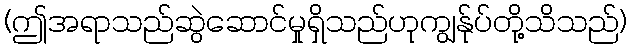
(ဤအရာသည်ဆွဲဆောင်မှုရှိသည်ဟုကျွန်ုပ်တို့သိသည်)